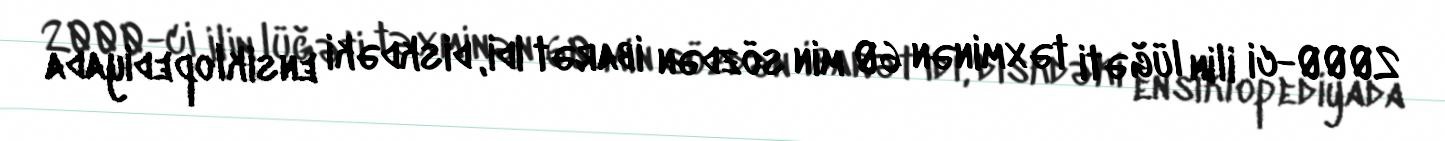
2000-ci ilin lüğəti təxminən 60 min sözdən ibarət idi, diskdəki ensiklopediyada